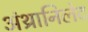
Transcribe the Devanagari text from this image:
अंथ्रानिलेट